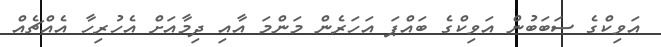
އަވިކްގެ ސަބަބުން އަވިކްގެ ބައްޕަ އަހަރެން މަންމަ އާއި ދިމާއަށް އެހުރިހާ އެއްޗެއް